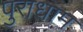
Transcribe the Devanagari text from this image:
पुराधाम